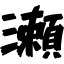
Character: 瀬